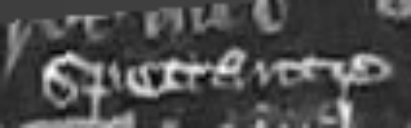
spectante